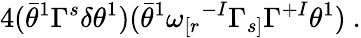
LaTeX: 4(\bar{\theta}^{1}\Gamma^{s}\delta\theta^{1})(\bar{\theta}^{1}\omega_{[r}{}^{-I}\Gamma_{s]}\Gamma^{+I}\theta^{1})~.